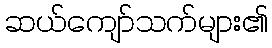
ဆယ်ကျော်သက်များ၏